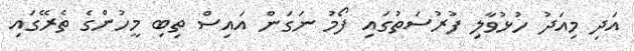
އަދި މިއަދު ހުޅުވާލި ފުރުސަތުގައި ފޯމު ނަގަން އައިސް ތިބި މީހުންގެ ތެރޭގައި